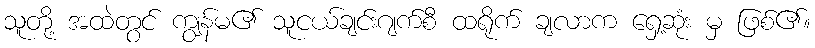
သူတို့ အထဲတွင် ကျွန်မ၏ သူငယ်ချင်းဂျက်စီ ထရိုက် ချလာက ရှေ့ဆုံး မှ ဖြစ်၏။